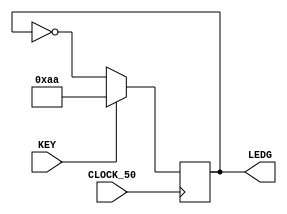
module piscaled(
	input [0:0] KEY,
	input CLOCK_50,
	output reg [7:0] LEDG
);
always @(posedge CLOCK_50)begin

	if(KEY [0]==1)begin
		LEDG <= 8'hAA;
		
	end else begin 
		LEDG <= ~LEDG;
	end
	
end
	
	
endmodule